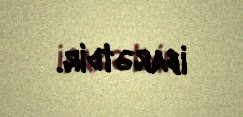
ibarətdir.